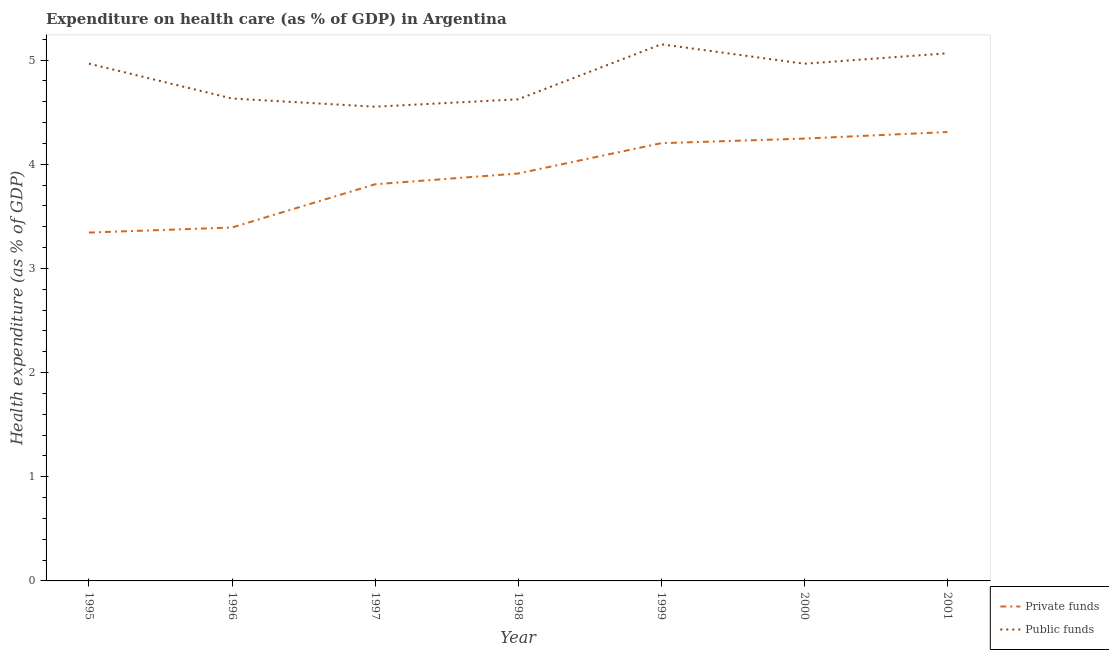
| Year | Private funds | Public funds |
 | --- | --- | --- |
 | 1995 | 3.34 | 4.97 |
 | 1996 | 3.39 | 4.63 |
 | 1997 | 3.81 | 4.55 |
 | 1998 | 3.91 | 4.62 |
 | 1999 | 4.2 | 5.15 |
 | 2000 | 4.25 | 4.97 |
 | 2001 | 4.31 | 5.07 |